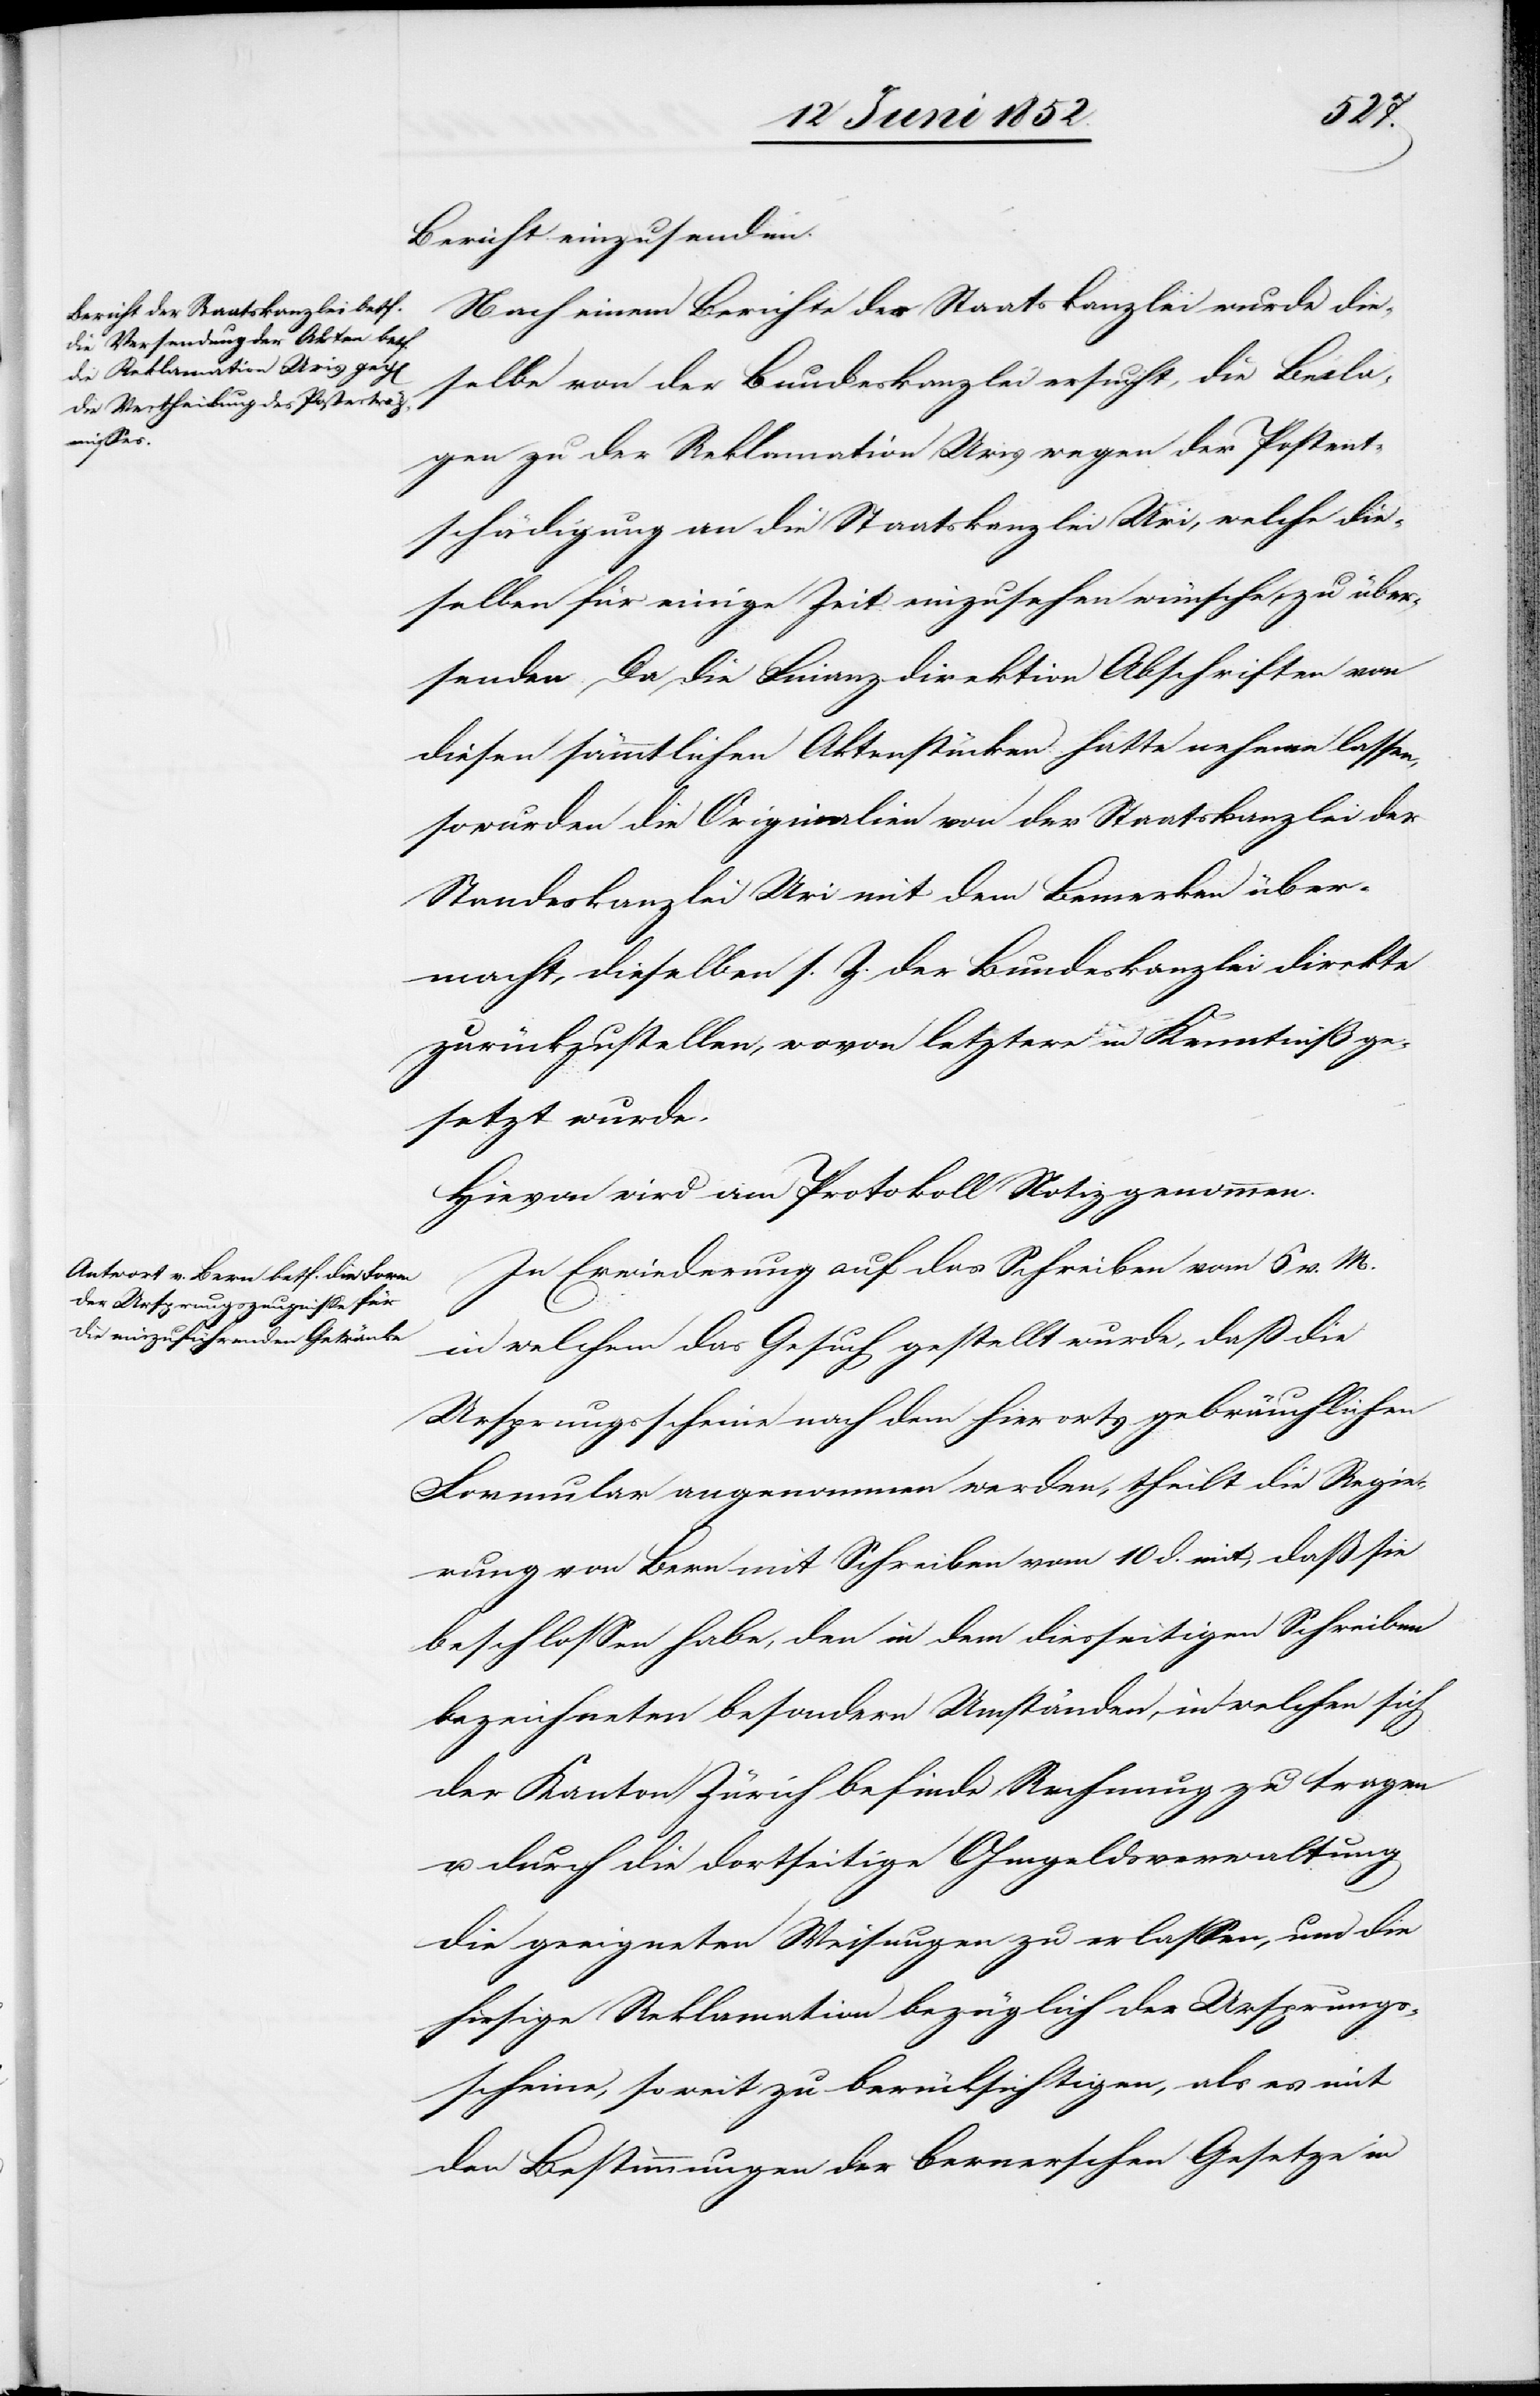
Bericht einzusenden.
Nach einem Berichte der Staatskanzlei wurde die¬
selbe von der Bundeskanzlei ersucht, die Beila¬
gen zu der Reklamation Uris wegen der Postent¬
schädigung an die Staatskanzlei Uri, welche die¬
selben für einige Zeit einzusehen wünsche, zu über¬
senden. Da die Finanzdirektion Abschriften von
diesen sämmtlichen Aktenstücken hatte nehmen lassen,
so wurden die Originalien von der Staatskanzlei der
Standeskanzlei Uri mit dem Bemerken über¬
macht, dieselben s. Z. der Bundeskanzlei direkte
zurückzustellen, wovon letztere in Kenntniß ge¬
setzt wurde.
Hievon wird am Protokoll Notiz genommen.
In Erwiederung auf das Schreiben vom 6 v. M.
in welchem das Gesuch gestellt wurde, daß die
Ursprungsscheine nach dem hierorts gebräuchlichen
Formular angenommen werden, theilt die Regie¬
rung von Bern mit Schreiben vom 10 d. mit, daß sie
beschlossen habe, den in dem diesseitigen Schreiben
bezeichneten besondern Umständen, in welchen sich
der Kanton Zürich befinde Rechnung zu tragen
u. durch die dortseitige Ohmgeldsverwaltung
die geeigneten Weisungen zu erlassen, um die
hiesige Reklamation bezüglich der Ursprungs¬
scheine, soweit zu berücksichtigen, als es mit
den Bestimmungen der bernerschen Gesetze in